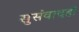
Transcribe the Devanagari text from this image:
सुसंवादही